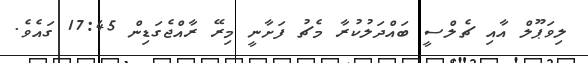
ލިވަޕޫލް އާއި ޗެލްސީ ބައްދަލުކުރާ މެޗު ފަށާނީ މިރޭ ރާއްޖެގަޑިން 17:45 ގައެވެ.